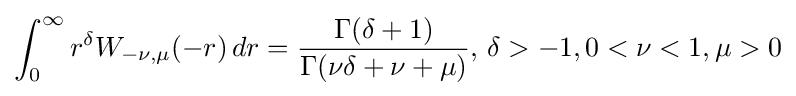
\int _{0}^{\infty }r^{\delta }W_{-\nu ,\mu }(-r)\,dr={\frac {\Gamma (\delta +1)}{\Gamma (\nu \delta +\nu +\mu )}},\,\delta >-1,0<\nu <1,\mu >0